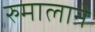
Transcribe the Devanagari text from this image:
रुमालाने